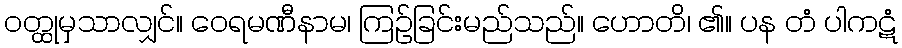
ဝတ္ထုမှသာလျှင်။ ဝေရမဏီနာမ၊ ကြဉ်ခြင်းမည်သည်။ ဟောတိ၊ ၏။ ပန တံ ပါကဋံ